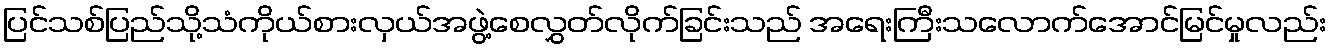
ပြင်သစ်ပြည်သို့သံကိုယ်စားလှယ်အဖွဲ့စေလွှတ်လိုက်ခြင်းသည် အရေးကြီးသလောက်အောင်မြင်မှုလည်း